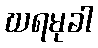
ဃရမုခါ